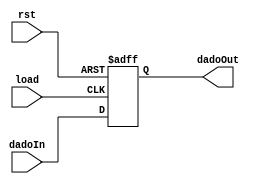
module registrador (load, rst, dadoIn, dadoOut);
input load, rst;
input [7:0] dadoIn;
output reg [7:0] dadoOut;	

always@(posedge load or negedge rst)
	if(!rst)
		dadoOut <= 0;
	else
		dadoOut <= dadoIn;
endmodule